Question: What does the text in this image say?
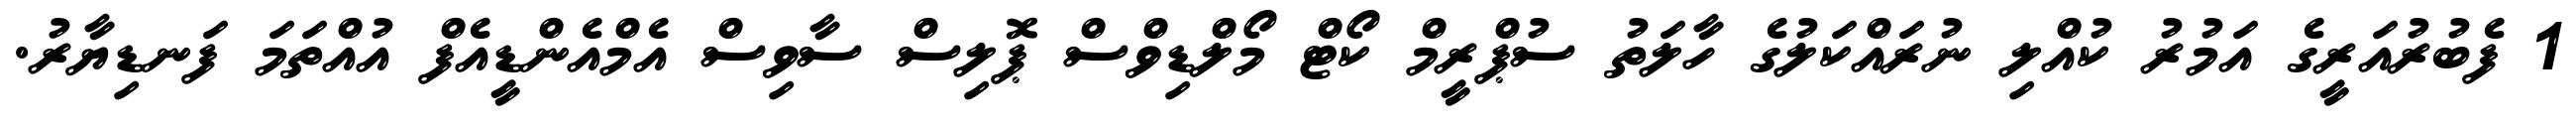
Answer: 1 ފެބުރުއަރީގެ އަމުރު ކުއްލި ނުރައްކަލުގެ ހާލަތު ސުޕްރީމް ކޯޓް މޯލްޑިވްސް ޕޮލިސް ސާވިސް އެމްއެންޑީއެފް އުއްތަމަ ފަނޑިޔާރު.